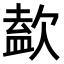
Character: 𣣹